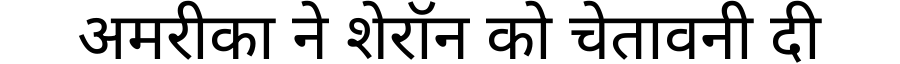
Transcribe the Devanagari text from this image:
अमरीका ने शेरॉन को चेतावनी दी